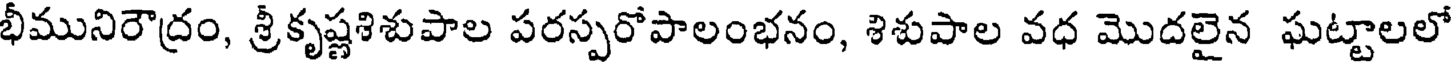
భీమునిరౌద్రం, శ్రీకృష్ణశిశుపాల పరస్పరోపాలంభనం, శిశుపాల వధ మొదలైన ఘట్టాలలో